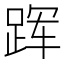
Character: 𲃡